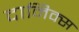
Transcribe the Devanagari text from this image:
दानिक्स